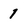
Character: 1